Report on vaccination in Madras 1904-1921 - 1904-1921
Year: 1904
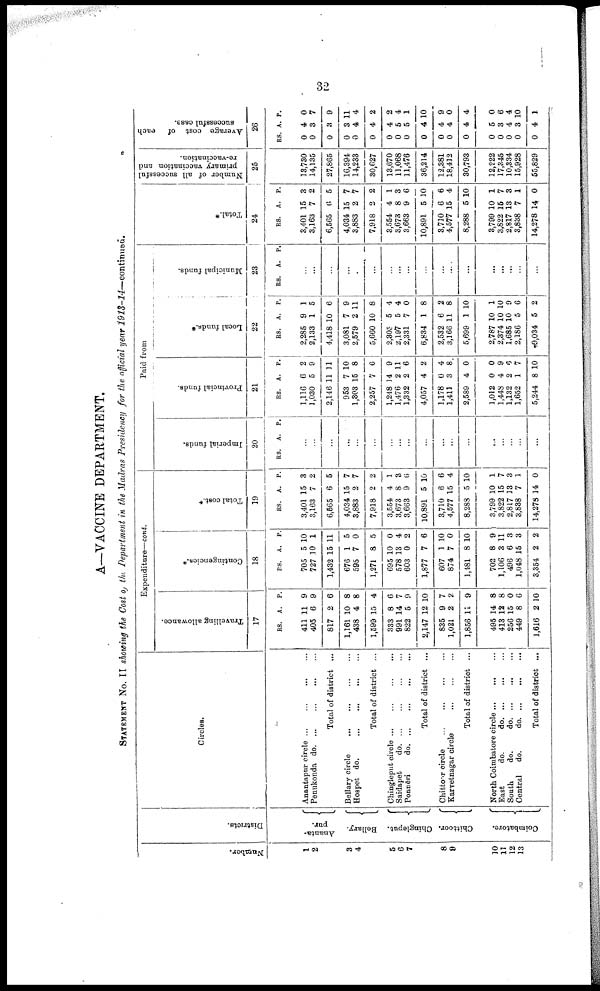
32
A—VACCINE DEPARTMENT.
STATEMENT No. II showing the Cost of the Department in the Madras Presidency for the official year 1913-14—continued.
Number.
1
2
3
4
5
6
7
8
9
10
11
12
13
Districts.
Ananta-
pur.
Bellary.
Chingleput.
Chittoor.
Coimbatore.
Circles.
Anantapur circle
...
...
...
...
Penukonda d
o
. ... ... ... ...
Total of district ...
Bellary circle
...
...
...
...
Hospet do. ... ... ... ...
Total of district ...
Chingleput circle
...
...
...
...
Saidapet
do. ... ... ... ...
Ponnēri
d
o
. ... ... ... ...
Total of district ...
Chittoor circle ... ... ... ...
Karvetnagar circle
...
...
...
Total of district ...
North Coimbatore circle
...
...
...
East
do.
d
o
. ... ... ...
South
do.
d
o
. ... ... ...
Central
do.
d
o
. ... ... ...
Total of district ...
Expenditure—cont.
Travelling allowance.
17
RS.
411
405
817
1,161
438
1,599
333
991
822
2,147
835
1,021
1,856
495
413
256
449
1,616
A.
11
6
2
10
4
15
8
14
5
12
9
2
11
14
12
15
8
2
P.
9
9
6
8
8
4
6
7
9
10
7
2
9
8
8
0
6
10
Contingencies.*
18
RS.
705
727
1,432
676
595
1,271
695
578
603
1,877
607
874
1,481
702
1,106
496
1,048
3,354
A.
5
10
15
1
7
8
10
13
0
7
1
7
8
8
3
6
15
2
P.
10
1
11
5
0
5
0
4
2
6
10
0
10
9
11
3
3
2
Total cost.*
19
RS.
3,401
3,163
6,565
4,034
3,883
7,918
3,554
3,673
3,663
10,891
3,710
4,577
8,288
3,799
3,822
2,817
3,838
14,278
A.
15
7
6
15
2
2
4
8
9
5
6
15
5
10
15
13
7
14
P.
3
2
5
7
7
2
1
3
6
10
6
4
10
1
7
3
1
0
Paid from
Imperial funds.
20
RS. A. P.
...
...
...
...
...
...
...
...
...
...
...
...
...
...
...
...
...
...
Provincial funds.
21
RS.
1,116
1,030
2,146
953
1,303
2,257
1,248
1,476
1,332
4,057
1,178
1,411
2,589
1,012
1,448
1,132
1,652
5,244
A.
6
5
11
7
15
7
14
2
2
4
0
3
4
0
4
2
1
8
P.
2
9
11
10
8
6
9
11
6
2
4
8
0
0
9
6
7
10
Local funds.*
22
RS.
2,285
2,133
4,418
3,081
2,579
5,660
2,305
2,197
2,331
6,834
2,532
3,166
5,699
2,787
2,374
1,685
2,186
9,034
A.
9
1
10
7
2
10
5
5
7
1
6
11
1
10
10
10
5
5
P.
1
5
6
9
11
8
4
4
0
8
2
8
10
1
10
9
6
2
Municipal funds.
23
RS. A. P.
...
...
...
...
...
...
...
...
...
...
...
....
...
...
...
...
...
...
Total.*
24
RS.
3,401
3,163
6,565
4,034
3,883
7,918
3,554
3,673
3,663
10,891
3,710
4,577
8,288
3,799
3,822
2,817
3,838
14,278
A.
15
7
6
15
2
2
4
8
9
5
6
15
5
10
15
13
7
14
P.
3
2
5
7
7
2
1
3
6
10
6
4
10
1
7
3
1
0
Number of all successful
primary vaccination and
re-vaccination.
25
13,730
14,135
27,865
16,394
14,233
30,627
13,670
11,068
11,476
36,214
12,381
18,412
30,793
12,222
17,345
10,334
15,928
55,829
Average cost of each
successful case.
26
RS.
0
0
0
0
0
0
0
0
0
0
0
0
0
0
0
0
0
0
A.
4
3
3
3
4
4
4
5
5
4
4
4
4
5
3
4
3
4
P.
0
7
9
11
4
2
2
4
1
10
9
0
4
0
6
4
10
1